Reports on dispensaries and lunatic asylums in the Province of Oudh - 1869-1876
Year: 1869
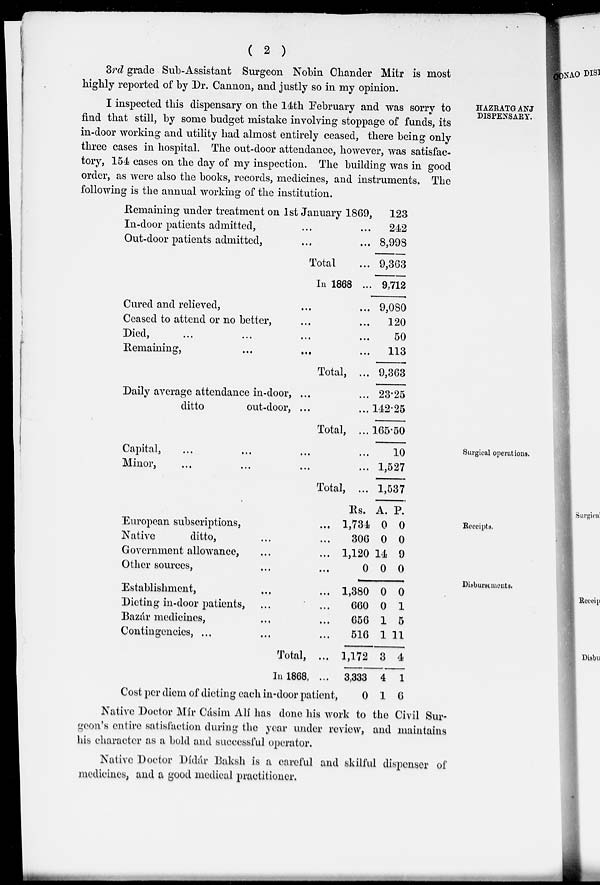
( 2 )
3rd grade Sub-Assistant Surgeon Nobin Chander Mitr is most
highly reported of by Dr. Cannon, and justly so in my opinion.
HAZRATGANJ
DISPENSARY.
I inspected this dispensary on the 14th February and was sorry to
find that still, by some budget mistake involving stoppage of funds, its
in-door working and utility had almost entirely ceased, there being only
three cases in hospital. The out-door attendance, however, was satisfac-
tory, 154 cases on the day of my inspection. The building was in good
order, as were also the books, records, medicines, and instruments. The
following is the annual working of the institution.
Remaining under treatment on 1st January 1869,
In-door patients admitted, ... ...
Out-door patients admitted, ... ...
Total ...
In 1868 ...
Cured and relieved, ... ...
Ceased to attend or no better, ... ...
Died,
...
...
...
...
Remaining, ... ... ...
Total, ...
Daily average attendance in-door, ... ...
ditto
out-door, ... ...
Total, ...
123
242
8,998
9,363
9,712
9,080
120
50
113
9,363
23.25
142.25
165.50
Surgical operations.
Capital,
...
...
...
...
Minor,
Total, ...
10
1,527
1,537
Receipts.
European subscriptions, ...
Native
ditto, ... ...
Government allowance, ... ...
Other sources, ... ...
Rs.
1,734
306
1,120
0
A.
0
0
14
0
P.
0
0
9
0
Disbursements.
Establishment, ... ...
Dieting in-door patients, ... ...
Bazár medicines, ... ...
Contingencies, ... ... ...
Total, ...
In 1868, ...
Cost per diem of dieting each in-door patient,
1,380
660
656
516
1,172
3,333
0
0
0
1
1
3
4
1
0
1
5
11
4
1
6
Native Doctor Mír Cásim Alí has done his work to the Civil Sur-
geon's entire satisfaction during the year under review, and maintains
his character as a bold and successful operator.
Native Doctor Dídár Baksh is a careful and skilful dispenser of
medicines, and a good medical practitioner.